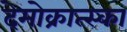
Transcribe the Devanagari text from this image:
देमोक्रात्स्का